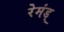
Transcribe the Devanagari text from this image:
रेमंड्